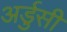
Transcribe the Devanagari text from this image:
अर्डुसी